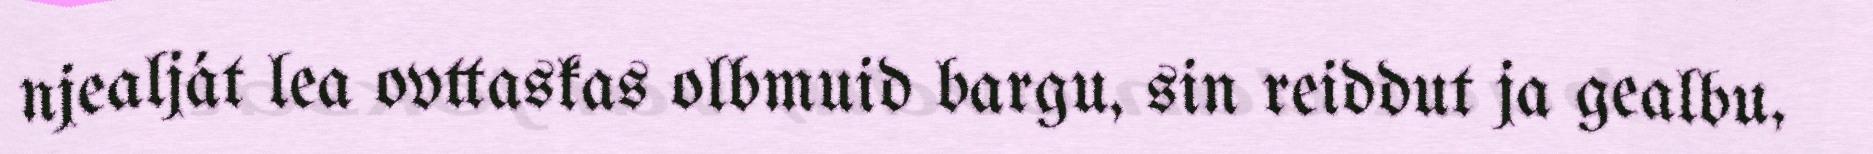
njealját lea ovttaskas olbmuid bargu, sin reiddut ja gealbu,